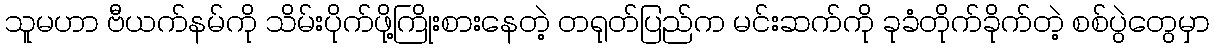
သူမဟာ ဗီယက်နမ်ကို သိမ်းပိုက်ဖို့ကြိုးစားနေတဲ့ တရုတ်ပြည်က မင်းဆက်ကို ခုခံတိုက်ခိုက်တဲ့ စစ်ပွဲတွေမှာ